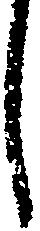
し